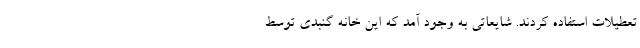
تعطیلات استفاده کردند. شایعاتی به وجود آمد که این خانه گنبدی توسط